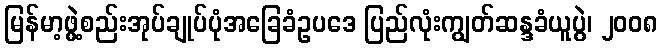
မြန်မာ့ဖွဲ့စည်းအုပ်ချုပ်ပုံအခြေခံဥပဒေ ပြည်လုံးကျွတ်ဆန္ဒခံယူပွဲ၊ ၂၀၀၈